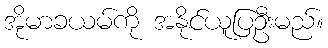
အိုမာခယမ်ကို အနိုင်ယူပြဦးမည်။